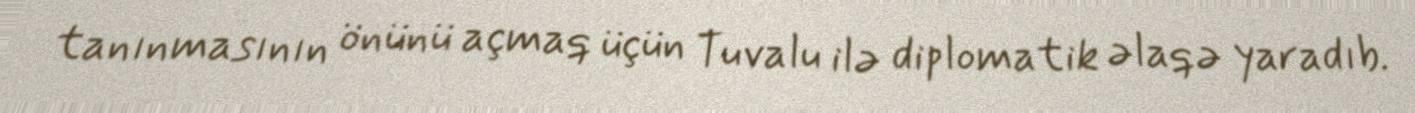
tanınmasının önünü açmaq üçün Tuvalu ilə diplomatik əlaqə yaradıb.